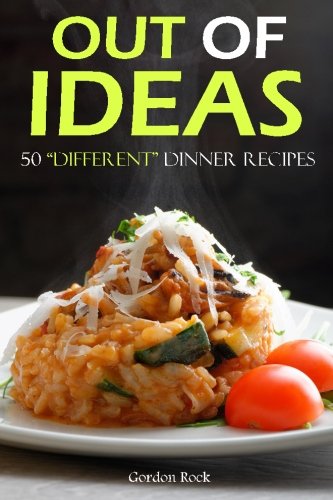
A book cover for Out of Ideas: 50 "Different" Dinner Recipes (Dump Dinners Cookbook); Gordon Rock; Cookbooks, Food & Wine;